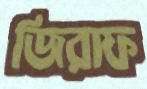
জিরাফ